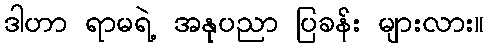
ဒါဟာ ရာမရဲ့ အနုပညာ ပြခန်း များလား။